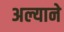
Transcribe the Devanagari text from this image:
अल्याने